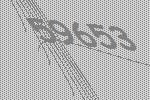
59653